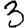
Digit: 3